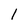
Character: 1